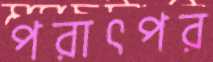
পরাৎপর